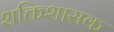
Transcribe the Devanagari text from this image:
शक्तिशासक